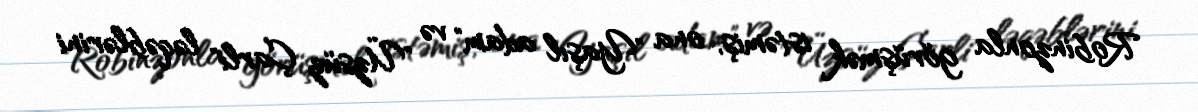
Robinzonla görüşmək istəmiş, ona "Yaşıl adam" və "Üzsüz Çarli" ləqəblərini